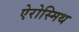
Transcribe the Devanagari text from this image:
ऐरोस्मिथ